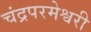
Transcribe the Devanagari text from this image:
चंद्रपरमेश्वरी